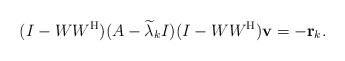
\begin{align*}(I-WW^{\rm H})(A-\widetilde{\lambda}_k I)(I-WW^{\rm H}){\bf v}=-{\bf r}_k.\end{align*}